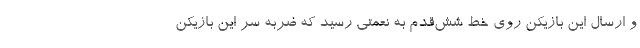
و ارسال این بازیکن روی خط شش‌قدم به نعمتی رسید که ضربه سر این بازیکن